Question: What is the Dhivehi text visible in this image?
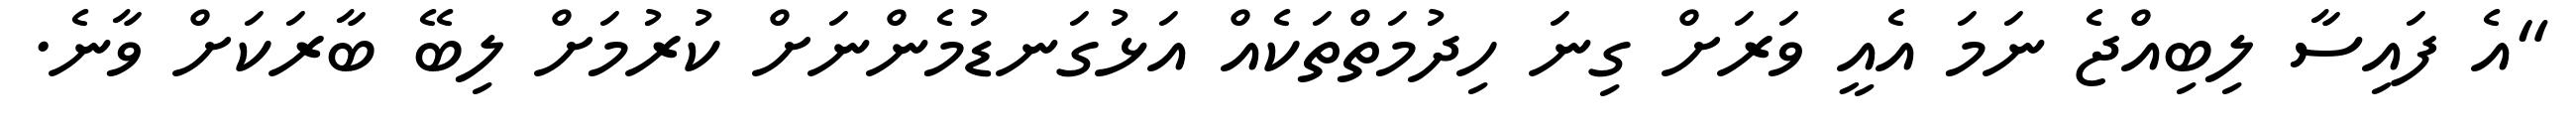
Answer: "އެ ފައިސާ ލިބިއްޖެ ނަމަ އެއީ ވަރަށް ގިނަ ހިދުމަތްތަކެއް އަޅުގަނޑުމެންނަށް ކުރުމަށް ލިބޭ ބާރަކަށް ވާނެ.